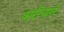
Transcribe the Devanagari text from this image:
वारीयाने